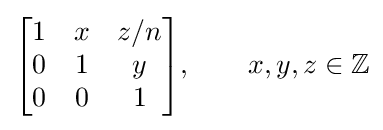
{\begin{bmatrix}1&x&z/n\\0&1&y\\0&0&1\end{bmatrix}},\qquad x,y,z\in \mathbb {Z}